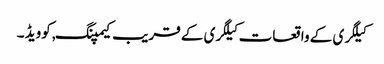
کیلگری کے واقعات کیلگری کے قریب کیمپنگ, کوویڈ ۔